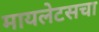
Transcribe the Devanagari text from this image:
मायलेटसचा